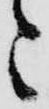
ニ